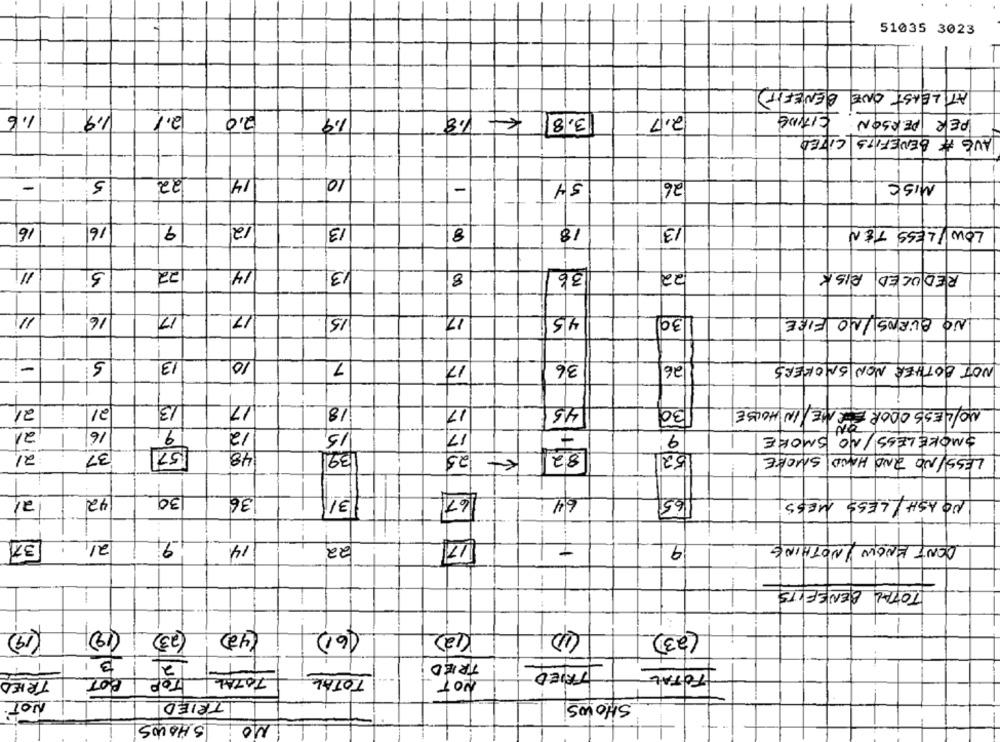
-
51035 3023
AT LEAST ONE BENEFIT
1.6
1.9
2.1
2,0
1.9
3,8 € 1.8
2.7
CITIME
PER PERSON
AVG # BENEFITS CITED
1
10
-
-
5
22
14
54
26
MISE
-
1-
16
16
9
12
13
8
18
13
LOW LESS TEN
3
22
14
13
8
36
22
REDUCED RISK
11
16
17
17.
15
17
45
30
NO BLENS NO FIRE
5
13
10
7
17
--
36
26
NOT BOTHER NON SMOKERS
-
21
21
13
17
18
4,5
NO/LESS ODOR ER NE IN HOUSE
17
130
21
16
5
12
15
17
9
SMOKELESS /NO SMOKE
21
48
39
4- 25
82
52
37
LESS/NO 2ND HAND SMOKE
167
30
36
/3/
6.4
42
65
NO ASH / LESS MESS
II
21,
14
22
9
DON'T KNOW / NOTHING
1
1
TOTAL BENEFITS
(19)
(23)
(19)
(23)
(42)
(61)
(12)
3
2
TRIED
TOTAL
TOP BOT
TOTAL
TRIED
TRIED
TOTAL
NOT
NOT
TRIED
SHOWS
SHOWS